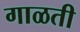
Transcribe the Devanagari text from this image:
गाळती